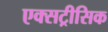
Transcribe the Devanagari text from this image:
एक्सट्रीसिक